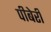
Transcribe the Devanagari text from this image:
पीबेरी